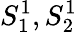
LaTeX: S_{1}^{1},S_{2}^{1}